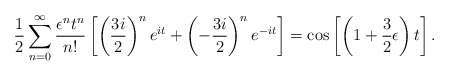
\begin{align*}{1\over 2}\sum_{n=0}^{\infty}{\epsilon^n t^n\over n!}\left[\left({3i\over 2}\right)^ne^{it}+\left(-{3i\over 2}\right)^ne^{-it}\right]=\cos\left[\left(1+{3\over2}\epsilon\right)t\right].\end{align*}